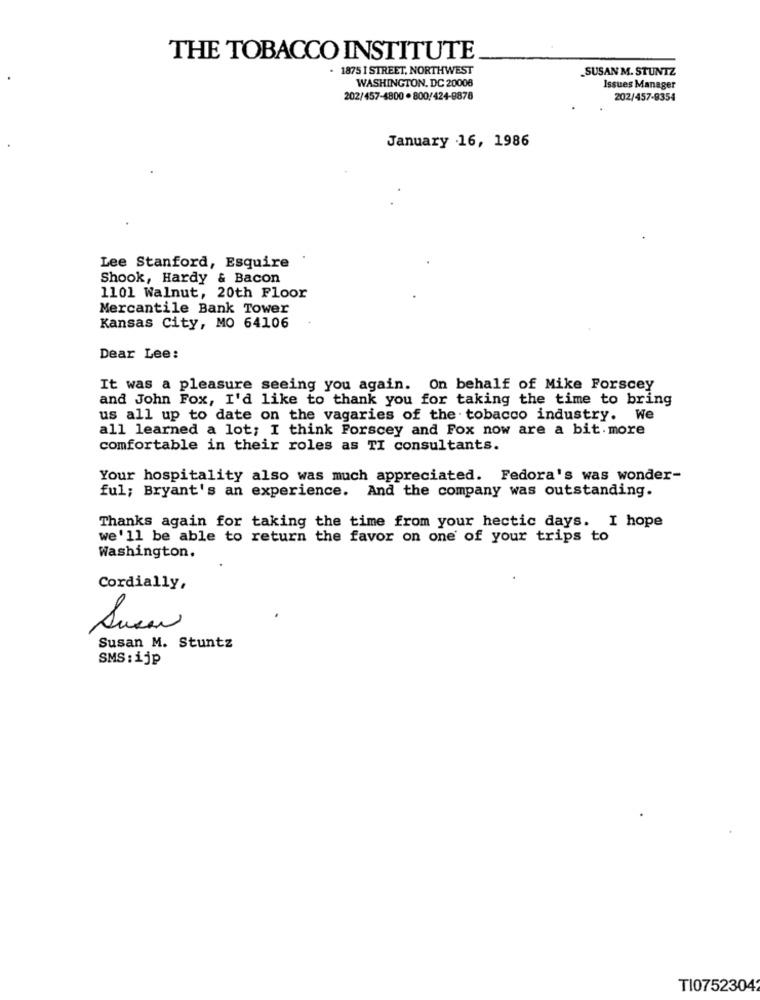
THE TOBACCO INSTITUTE
. 1875 I STREET, NORTHWEST
SUSAN M. STUNTZ
WASHINGTON, DC 20008
Issues Manager
202/457-4800 . 800/424-8878
202/457-9354
January 16, 1986
Lee Stanford, Esquire
Shook, Hardy & Bacon
1101 Walnut, 20th Floor
Mercantile Bank Tower
Kansas City, MO 64106
Dear Lee:
It was a pleasure seeing you again. On behalf of Mike Forscey
and John Fox, I'd like to thank you for taking the time to bring
us all up to date on the vagaries of the tobacco industry. We
all learned a lot; I think Forscey and Fox now are a bit more
comfortable in their roles as TI consultants.
Your hospitality also was much appreciated. Fedora's was wonder-
ful; Bryant's an experience. And the company was outstanding.
Thanks again for taking the time from your hectic days. I hope
we'll be able to return the favor on one of your trips to
Washington.
Cordially,
Susan
Susan M. Stuntz
SMS: ijp
TI0752304